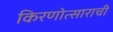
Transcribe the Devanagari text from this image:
किरणोत्साराची